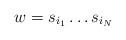
LaTeX: \begin{align*}w = s_{i_1} \ldots s_{i_N}\end{align*}